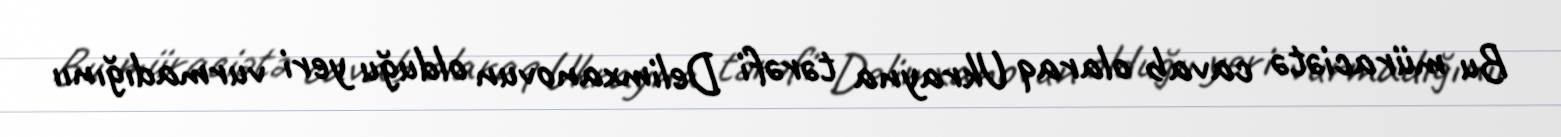
Bu müraciətə cavab olaraq Ukrayna tərəfi Delimxanovun olduğu yeri vurmadığınıı